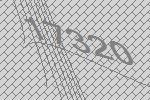
17320